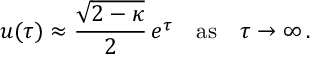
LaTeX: u ( \tau ) \approx { \frac { \sqrt { 2 - \kappa } } { 2 } } \, e ^ { \tau } \quad \mathrm { a s } \quad \tau \rightarrow \infty \, .